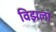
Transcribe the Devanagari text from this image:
विझला